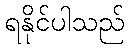
ရနိုင်ပါသည်